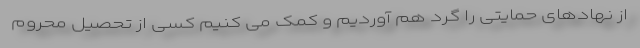
از نهادهای حمایتی را گرد هم آوردیم و کمک می کنیم کسی از تحصیل محروم